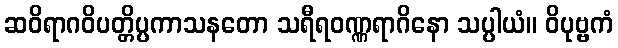
ဆဝိရာဂဝိပတ္တိပ္ပကာသနတော သရီရဝဏ္ဏရာဂိနော သပ္ပါယံ။ ဝိပုဗ္ဗကံ